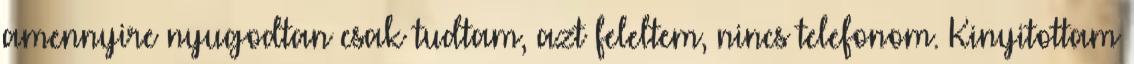
amennyire nyugodtan csak tudtam, azt feleltem, nincs telefonom. Kinyitottam